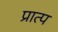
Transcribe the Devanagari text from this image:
प्रात्प